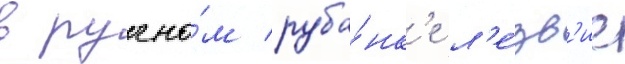
в ручно́м руба́нк'е л'е́зв'ие